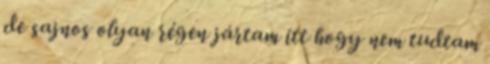
de sajnos olyan régen jártam itt hogy nem tudtam